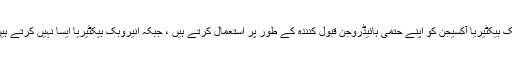
er ایروبک بیکٹیریا آکسیجن کو اپنے حتمی ہائیڈروجن قبول کنندہ کے طور پر استعمال کرتے ہیں ، جبکہ انیروبک بیکٹیریا ایسا نہیں کرتے ہیں۔